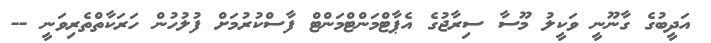
އަދީބުގެ ގާނޫނީ ވަކީލު މޫސާ ސިރާޖުގެ އެޕާޓްމަންޓްމަންޓް ފާސްކުރުމަށް ފުލުހުން ހަރަކާތްތެރިވަނީ --